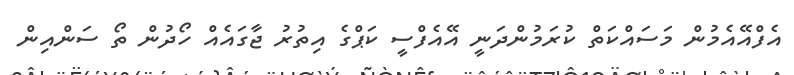
އެފްއޭއެމުން މަސައްކަތް ކުރަމުންދަނީ އޭއެފްސީ ކަޕްގެ އިތުރު ޖާގައެއް ހޯދުން ތޯ ސަންއިން